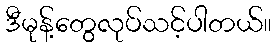
ဒီမုန့်တွေလုပ်သင့်ပါတယ်။